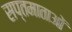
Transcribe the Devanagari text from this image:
सप्तमाताओं